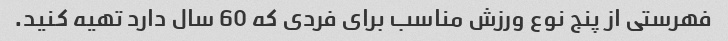
فهرستی از پنج نوع ورزش مناسب برای فردی که 60 سال دارد تهیه کنید.